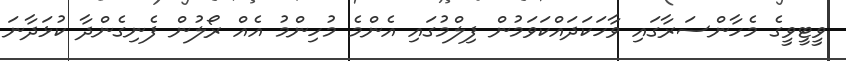
ވީޓީވީގެ މެހާންސަރާގައި ވާހަކަދައްކަވަމުން ފިލްމުގައި އެންމެ މުހިންމު އެއް ރޯލުން ފެނިގެންދާ ކުޅަދާނަ